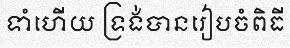
ទាំហើយ ទ្រង់បានរៀបចំពិធី